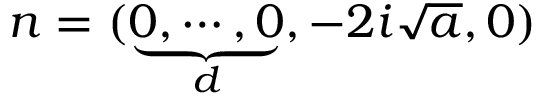
n = ( \underbrace { 0 , \cdots , 0 } _ { d } , - 2 i \sqrt { a } , 0 )